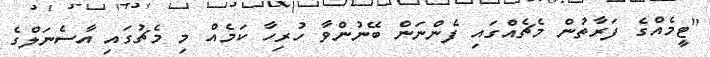
"ޓީމެއްގެ ފަރާތުން މެޗެއްގައި ފެންނަން ބޭނުންވާ ހުރިހާ ކަމެއް މި މެޗުގައި އާސެނަލްގެ